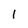
Character: l